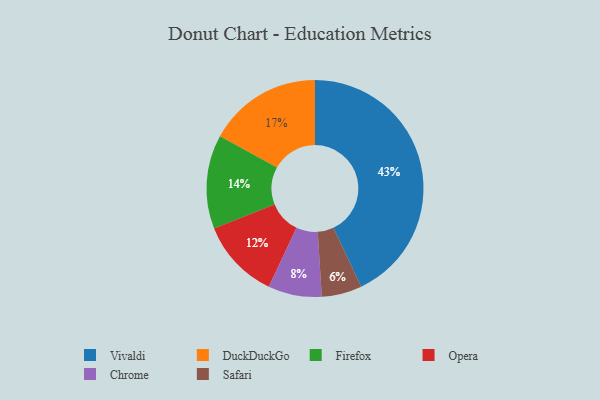
{"axis": {"x": "Category", "y": "Percentage"}, "legend": ["Chrome", "DuckDuckGo", "Firefox", "Opera", "Safari", "Vivaldi"], "data": [{"x": "Opera", "y": 12, "type": "Opera"}, {"x": "Vivaldi", "y": 43, "type": "Vivaldi"}, {"x": "Chrome", "y": 8, "type": "Chrome"}, {"x": "Safari", "y": 6, "type": "Safari"}, {"x": "Firefox", "y": 14, "type": "Firefox"}, {"x": "DuckDuckGo", "y": 17, "type": "DuckDuckGo"}]}